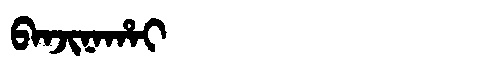
Manchu: ᠪᠠᠨᠵᡳᠨᠠᡥᠠᡳ
Romanization: BANJINAHAI